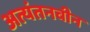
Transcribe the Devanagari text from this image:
अत्यंतनवीन